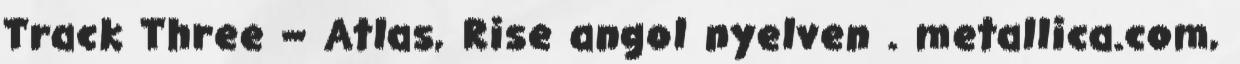
Track Three – Atlas, Rise angol nyelven . metallica.com,